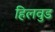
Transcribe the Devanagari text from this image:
हिलवुड